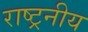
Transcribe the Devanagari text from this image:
राष्ट्रनीय